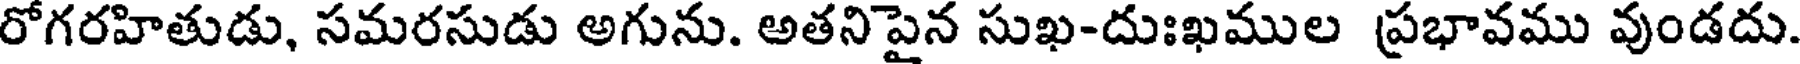
రోగరహితుడు, సమరసుడు అగును. అతనిపైన సుఖ-దుఃఖముల ప్రభావము వుండదు.